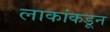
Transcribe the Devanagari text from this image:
लाकांकडून